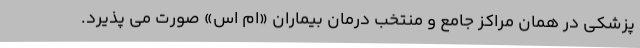
پزشکی در همان مراکز جامع و منتخب درمان بیماران «ام اس» صورت می پذیرد.